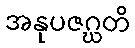
အနုပဇဂ္ဃတိ